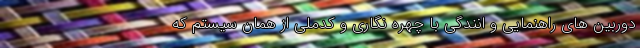
دوربین های راهنمایی و انندگی با چهره نگاری و کدملی از همان سیستم که